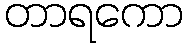
တာရကော